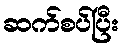
ဆက်စပ်ပြီး